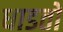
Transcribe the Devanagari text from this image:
धाडतो